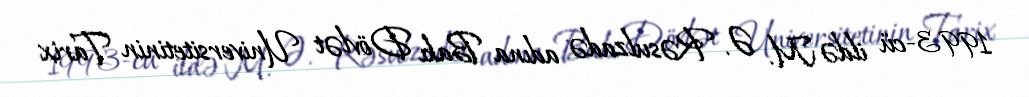
1993-cü ildə M. Ə. Rəsulzadə adına Bakı Dövlət Universitetinin Tarix